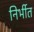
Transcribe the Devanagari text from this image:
निर्भीत